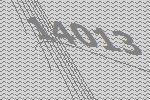
14013